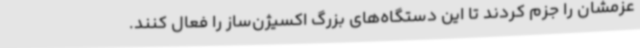
عزمشان را جزم کردند تا این دستگاه‌های بزرگ اکسیژن‌ساز را فعال کنند.